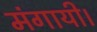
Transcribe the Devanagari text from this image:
मंगायी।